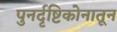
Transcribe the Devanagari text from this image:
पुनर्दृष्टिकोनातून